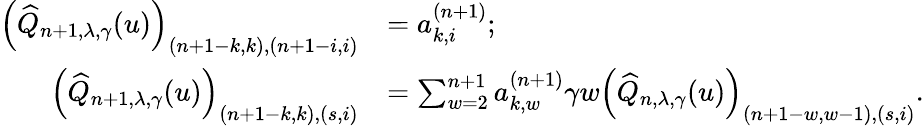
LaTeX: \begin{array}{rl}{\left(\widehat{Q}_{n+1,\lambda,\gamma}(u)\right)_{(n+1-k,k),(n+1-i,i)}}&{=a_{k,i}^{(n+1)};}\\ {\left(\widehat{Q}_{n+1,\lambda,\gamma}(u)\right)_{(n+1-k,k),(s,i)}}&{=\sum_{w=2}^{n+1}a_{k,w}^{(n+1)}\gamma w\left(\widehat{Q}_{n,\lambda,\gamma}(u)\right)_{(n+1-w,w-1),(s,i)}.}\end{array}